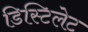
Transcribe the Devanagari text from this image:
डिस्टिलेट